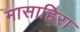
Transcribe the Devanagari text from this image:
मासाहिरा